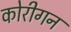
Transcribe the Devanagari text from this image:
कोरीगन